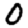
Digit: 0